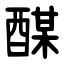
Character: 䤂